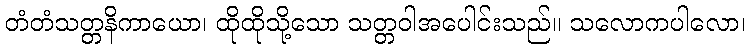
တံတံသတ္တနိကာယော၊ ထိုထိုသို့သော သတ္တဝါအပေါင်းသည်။ သလောကပါလော၊